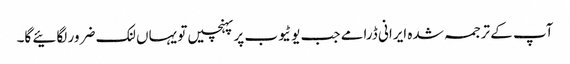
آپ کے ترجمہ شدہ ایرانی ڈرامے جب یوٹیوب پر پہنچیں تو یہاں لنک ضرور لگائیے گا۔